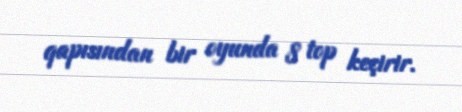
qapısından bir oyunda 8 top keçirir.